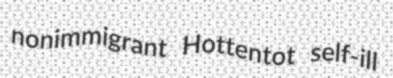
nonimmigrant Hottentot self-ill